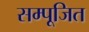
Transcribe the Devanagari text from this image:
सम्पूजित